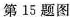
第15题图